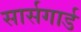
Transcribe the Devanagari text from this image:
सार्सगार्ड